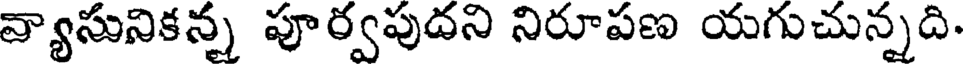
వ్యాసునికన్న పూర్వపుదని నిరూపణ యగుచున్నది.